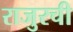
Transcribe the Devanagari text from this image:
राजुरची